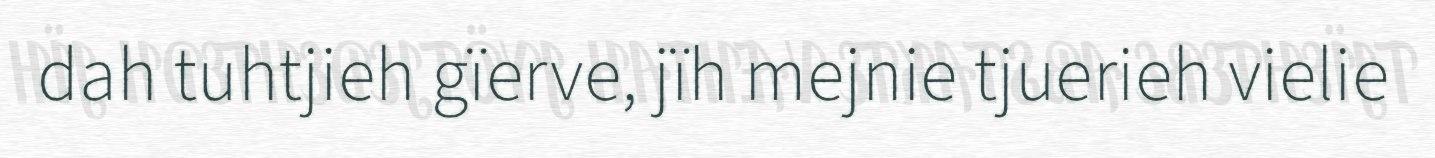
dah tuhtjieh gïerve, jïh mejnie tjuerieh vielie